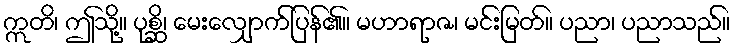
ဣတိ၊ ဤသို့။ ပုစ္ဆိ၊ မေးလျှောက်ပြန်၏။ မဟာရာဇ၊ မင်းမြတ်။ ပညာ၊ ပညာသည်။